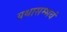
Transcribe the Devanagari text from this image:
यथासम्भवं